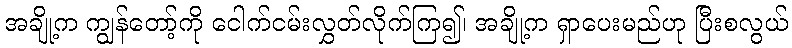
အချို့က ကျွန်တော့်ကို ငေါက်ငမ်းလွှတ်လိုက်ကြ၍၊ အချို့က ရှာပေးမည်ဟု ပြီးစလွယ်